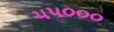
૫૫૦૦૦